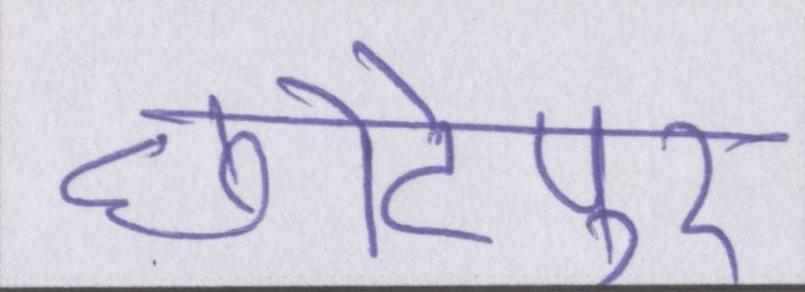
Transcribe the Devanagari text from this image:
छोटेपुर